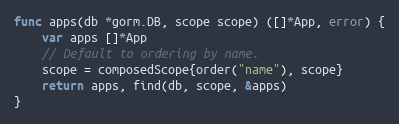
Language: Go
func apps(db *gorm.DB, scope scope) ([]*App, error) {
	var apps []*App
	// Default to ordering by name.
	scope = composedScope{order("name"), scope}
	return apps, find(db, scope, &apps)
}